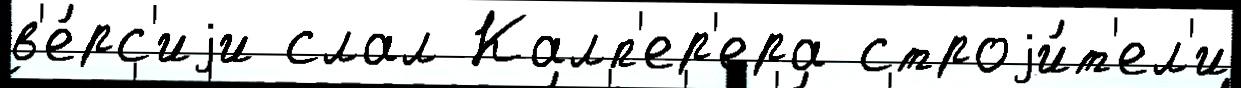
в'е́рс'иjи слал Калп'ер'ера строjи́т'ел'и